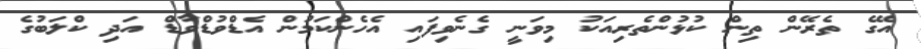
އޭގެ ތެރޭން ތިން ކުޅުންތެރިއަކު މިވަނީ ގެނެވިފައި އެހެންކަމުން އެޑްވުޑްވާޑް އަދި ކްލަބުގެ